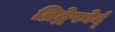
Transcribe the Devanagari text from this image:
ब्रिद्गेफोर्द्